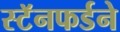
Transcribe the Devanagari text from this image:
स्टॅनफर्डने